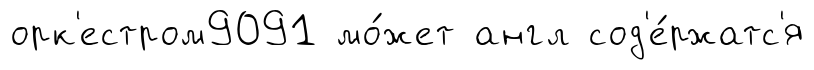
орк'естром9091 мо́жет англ сод'е́ржатс'я